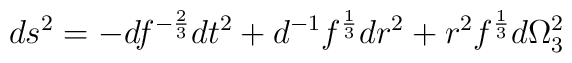
ds^2 = - d f^{-{2 \over 3}}dt^2 +d^{-1}f^{1 \over 3} dr^2 + r^2 f^{1 \over 3}d \Omega^2_3